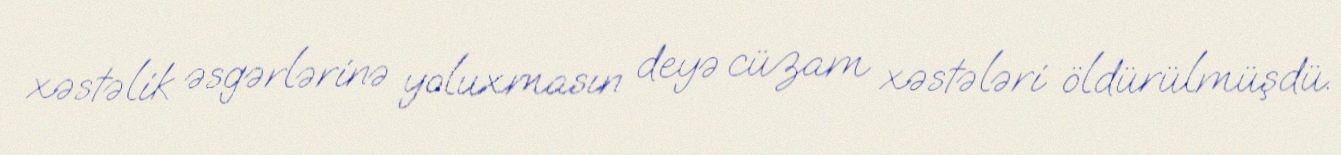
xəstəlik əsgərlərinə yoluxmasın deyə cüzam xəstələri öldürülmüşdü.